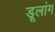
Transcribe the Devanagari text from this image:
डूलांग